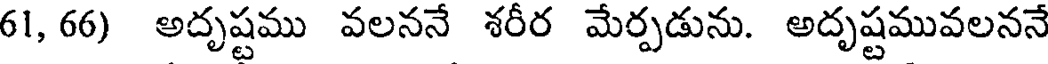
61, 66) అదృష్టము వలననే శరీర మేర్పడును. అదృష్టమువలననే